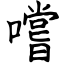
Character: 嚐